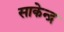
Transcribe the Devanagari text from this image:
साकेन्द्र